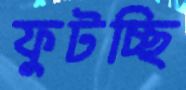
ফুটচ্ছি